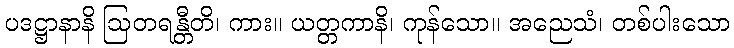
ပဒဋ္ဌာနာနိ ဩတရန္တီတိ၊ ကား။ ယတ္တကာနိ၊ ကုန်သော။ အညေသံ၊ တစ်ပါးသော